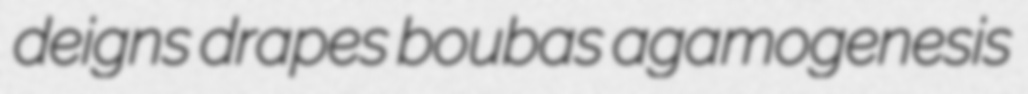
deigns drapes boubas agamogenesis